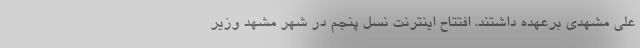
علی مشهدی برعهده داشتند. افتتاح اینترنت نسل پنجم در شهر مشهد وزیر